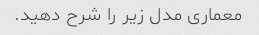
معماری مدل زیر را شرح دهید.